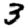
Digit: 3